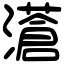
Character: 濸